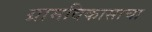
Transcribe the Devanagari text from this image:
ग्रामविकासाचा